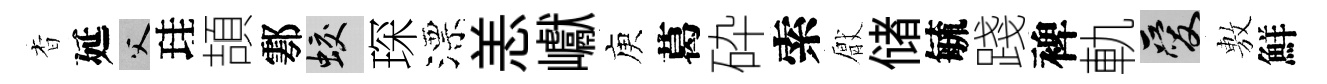
杳延父珪頡鄠蛟琛漂恙巘庾葛砕索厭储毓踐裨軌爱𢾾鮮